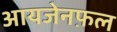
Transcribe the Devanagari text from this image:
आयजेनफ़ल